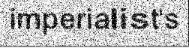
imperialist's